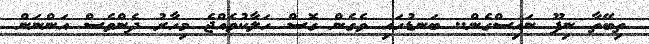
ތިބޭތާ ނިފޫ ނައިސްގެން.. ބަނޑުހައި ވެގެން ގޮސް ހަލާކުވެއްޖެ މިހާރު ދެންވެސް އަންނަން